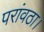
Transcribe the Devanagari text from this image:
परांवठा।